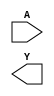
(* blackbox *)
module skullfet_inverter (
`ifdef USE_POWER_PINS
    input  VGND,
    input  VPWR,
`endif  // USE_POWER_PINS
    input  A,
    output Y
);
endmodule

(* blackbox *)
module skullfet_inverter_10x (
`ifdef USE_POWER_PINS
    input  VGND,
    input  VPWR,
`endif  // USE_POWER_PINS
    input  A,
    output Y
);
endmodule

(* blackbox *)
module skullfet_nand (
`ifdef USE_POWER_PINS
    input  VGND,
    input  VPWR,
`endif  // USE_POWER_PINS
    input  A,
    input  B,
    output Y
);
endmodule